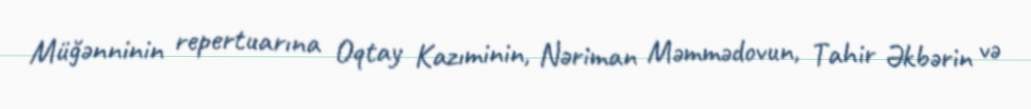
Müğənninin repertuarına Oqtay Kazıminin, Nəriman Məmmədovun, Tahir Əkbərin və